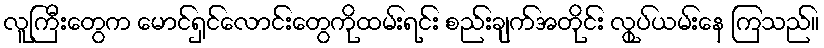
လူကြီးတွေက မောင်ရှင်လောင်းတွေကိုထမ်းရင်း စည်းချက်အတိုင်း လွုပ်ယမ်းနေ ကြသည်။